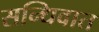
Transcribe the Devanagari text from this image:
सन्धिवात